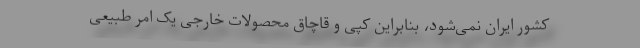
کشور ایران نمی‌شود، بنابراین کپی و قاچاق محصولات خارجی یک امر طبیعی